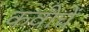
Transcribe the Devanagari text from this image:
कवीचें